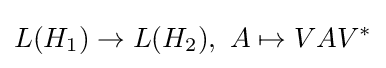
L(H_{1})\to L(H_{2}),\ A\mapsto VAV^{\ast }